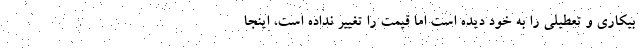
بيكاري و تعطيلي را به خود ديده است اما قيمت را تغيير نداده است، اينجا